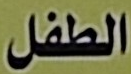
الطفل